Plague in India, 1896, 1897 - Volume 3
Year: 1896
Disease focus: Plague
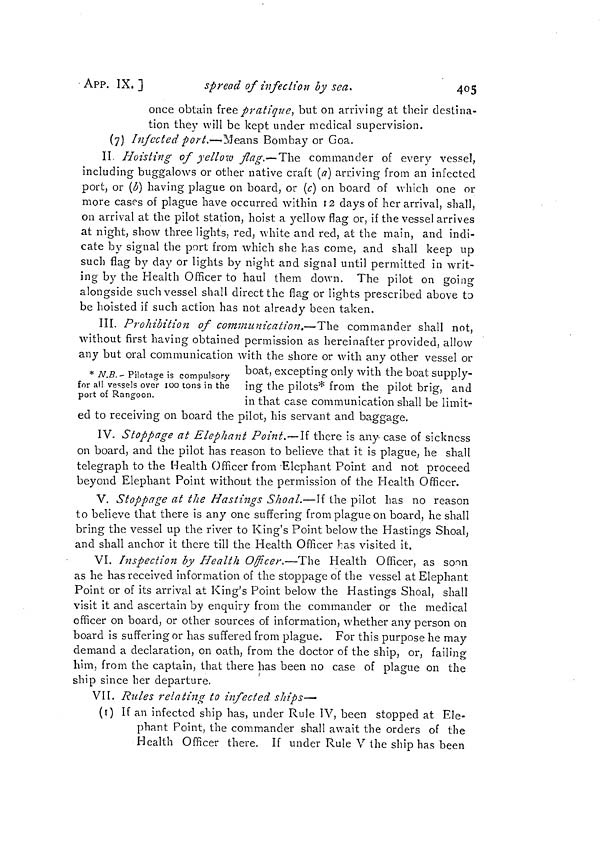
405
APP. IX. ]
spread of infection by sea
once obtain free pratique, but on arriving at their destina-
tion they will be kept under medical supervision.
(7) Infected port.—-Means Bombay or Goa.
II Hoisting of yellow flag.—The commander of every vessel,
including buggalows or other native craft (a) arriving from an infected
port, or (b) having plague on board, or (c) on board of which one or
more cases of plague have occurred within 12 days of her arrival, shall,
on arrival at the pilot station, hoist a yellow flag or, if the vessel arrives
at night, show three lights, red, white and red, at the main, and indi-
cate by signal the port from which she has come, and shall keep up
such flag by day or lights by night and signal until permitted in writ-
ing by the Health Officer to haul them down. The pilot on going
alongside such vessel shall direct the flag or lights prescribed above to
be hoisted if such action has not already been taken.
III. Prohibition of communication,—The commander shall not,
without first having obtained permission as hereinafter provided, allow
any but oral communication with the shore or with anv other vessel or
* N.B.- Pilotage is compulsory
for all vessels over 100 tons in the
port of Rangoon.
boat, excepting only with the boat supply-
ing the pilots* from the pilot brig, and
in that case communication shall be limit-
ed to receiving on board the pilot, his servant and baggage.
IV. Stoppage at Elephant Point.—If there is any- case of sickness
on board, and the pilot has reason to believe that it is plague, he shall
telegraph to the Health Officer from Elephant Point and not proceed
beyond Elephant Point without the permission of the Health Officer.
V. Stoppage at the Hastings Shoal.—If the pilot has no reason
to believe that there is any one suffering from plague on board, he shall
bring the vessel up the river to King's Point below the Hastings Shoal,
and shall anchor it there till the Health Officer has visited it.
VI. Inspection by Health Officer—The Health Officer, as soon
as he has received information of the stoppage of the vessel at Elephant
Point or of its arrival at King's Point below the Hastings Shoal, shall
visit it and ascertain by enquiry from the commander or the medical
officer on board, or other sources of information, whether any person on
board is suffering or has suffered from plague. For this purpose he may
demand a declaration, on oath, from the doctor of the ship, or, failing
him, from the captain, that there has been no case of plague on the
ship since her departure.
VII. Rules relating to infected ships—
(1) If an infected ship has, under Rule IV, been stopped at Ele-
phant Point, the commander shall await the orders of the
Health Officer there. If under Rule V the ship has been